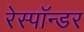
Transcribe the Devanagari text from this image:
रेस्पॉन्डर